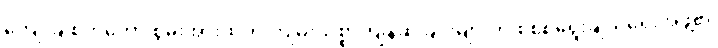
ကျော်ချစ်ကတော့ စွမ်းအားထက် ကျမ်းသစ္စာကျိန်ဆိုခြင်းများကို စိစစ်ရွေးချယ်ရေးအဖွဲ့၏